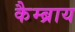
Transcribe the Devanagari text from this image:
कैम्ब्राय